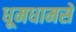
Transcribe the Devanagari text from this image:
धूमधामसे